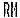
RM